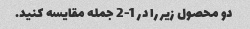
دو محصول زیر را در 1-2 جمله مقایسه کنید.